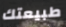
طبيعتك